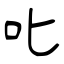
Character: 叱